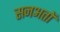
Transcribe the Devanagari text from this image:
सनअतों